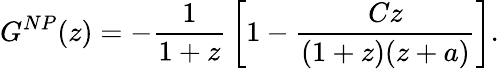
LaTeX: G^{NP}(z)=-{\frac{1}{1+z}}\left[1-{\frac{Cz}{(1+z)(z+a)}}\right].